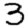
Digit: 3